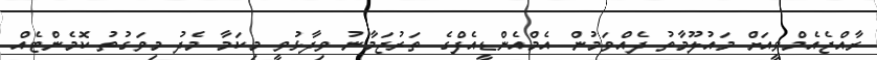
ރާއްޖެއެމްވީއަށް މައުލޫމާތު ދެއްވަމުން އެމްއެންޑީއެފްގެ ތަރުޖަމާނު ވިދާޅުވީ މިކަމާ މެދު މިވަގުތު ކޮމެންޓެއް